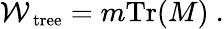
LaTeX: {\cal W}_{\mathrm{\small~tree}}=m{\mathrm{Tr}}(M)~.